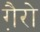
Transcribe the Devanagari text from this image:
गै़रो